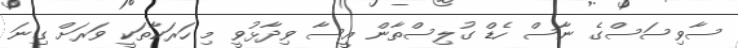
ސާވިސަސްގެ ނާސް ހެޑް ގުލިސްތާން އީސާ ވިދާޅުވީ މި ހަރަކާތަކީ ވަރަށް ގިނަ